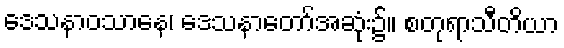
ဒေသနာဝသာနေ၊ ဒေသနာတော်အဆုံး၌။ စတုရာသီတိယာ